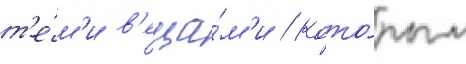
т'е́м'и в'еща́м'и / кото́рым